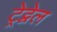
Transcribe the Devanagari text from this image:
ट्रेद्वेल